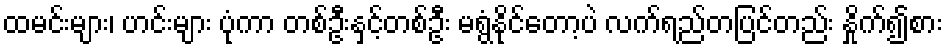
ထမင်းများ၊ ဟင်းများ ပုံကာ တစ်ဦးနှင့်တစ်ဦး မရွံနိုင်တော့ပဲ လက်ရည်တပြင်တည်း နှိုက်၍စား